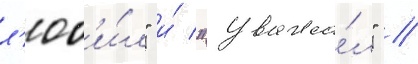
л'юб'и́л" и́ "уважа́л" //